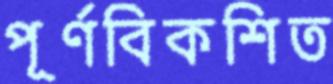
পূর্ণবিকশিত